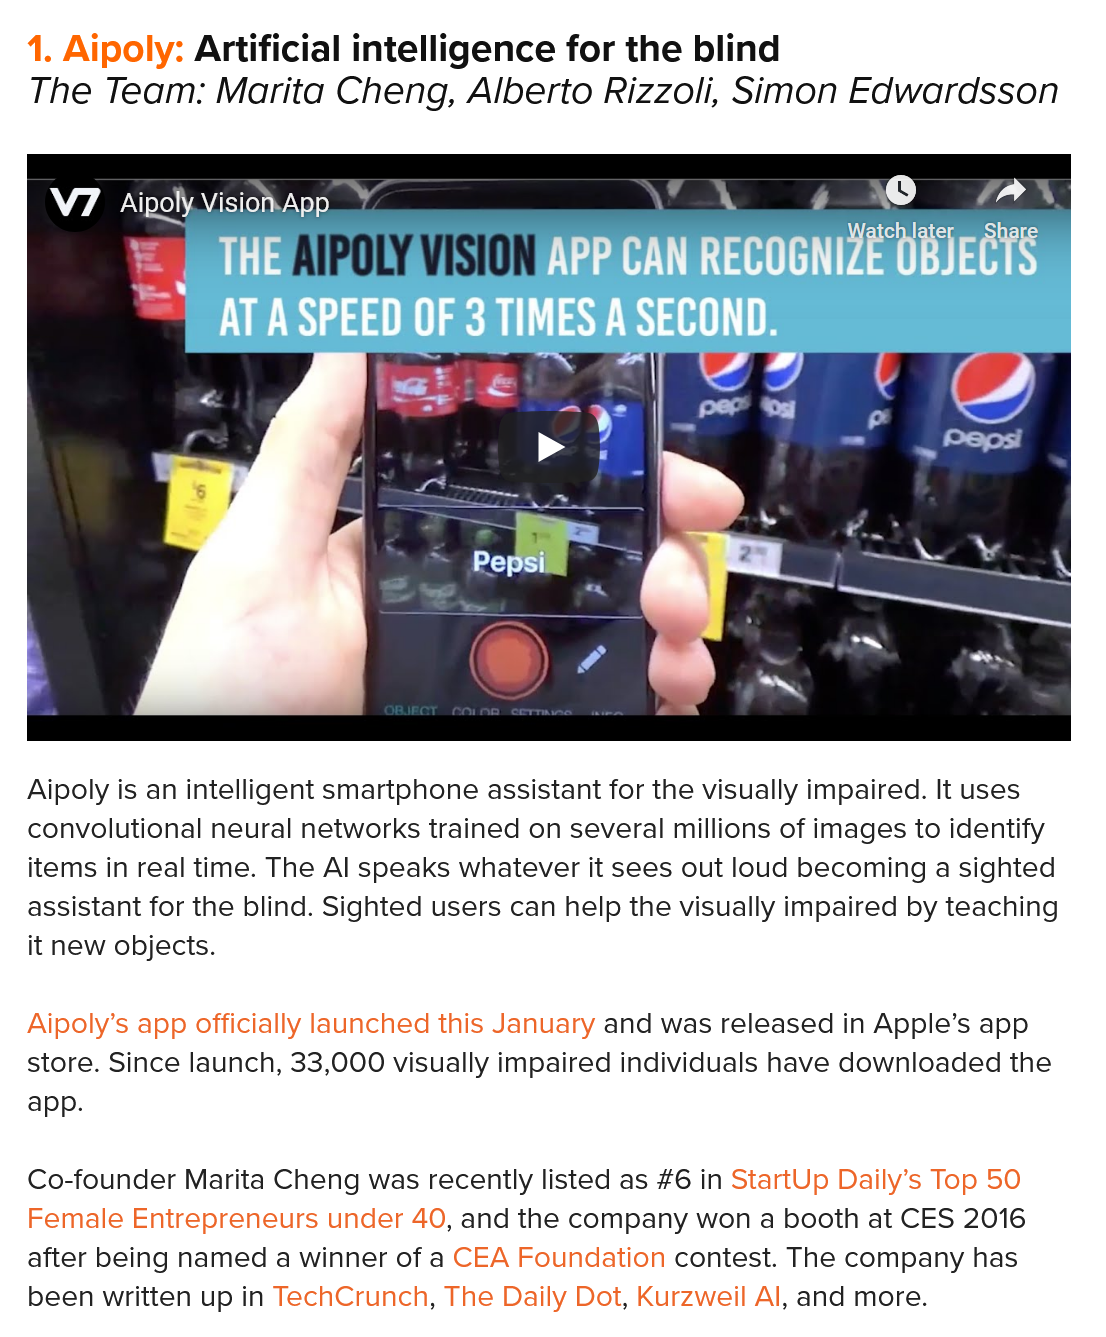
1. Aipoly:  Artificial intelligence for the  blind
   The  Team:  Marita  Cheng,   Alberto  Rizzoli, Simon  Edwardsson
    wa   Aipoly Vision App
     a”    rm    (A
     3    Ny
     AT er    SA
     ROSTER    ES)
     ~
  Aipoly is an intelligent smartphone assistant for the visually impaired. It uses
  convolutional neural networks trained on several millions of images to identify
  items in real time. The Al speaks whatever it sees out loud becoming a sighted
  assistant for the blind. Sighted users can help the visually impaired by teaching
  it new objects.
  Aipoly’s app officially launched this January and was released in Apple’s app
  store. Since launch, 33,000 visually impaired individuals have downloaded the
  app.
  Co-founder Marita Cheng was recently listed as #6 in StartUp Daily’s Top 50
  Female Entrepreneurs under 40, and the company won a booth at CES 2016
  after being named a winner of a CEA Foundation contest. The company has
  been written up in TechCrunch, The Daily Dot, Kurzweil Al, and more.